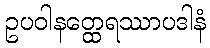
ဥပဝါနတ္ထေရဿာပဒါနံ